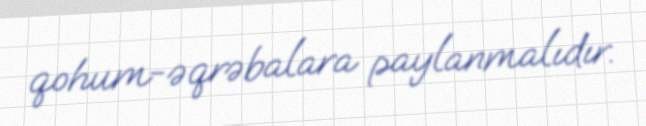
qohum-əqrəbalara paylanmalıdır.